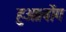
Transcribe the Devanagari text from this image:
हुआ।वोंग